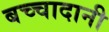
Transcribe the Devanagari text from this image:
बच्चादानी